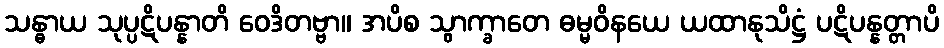
သန္ဓာယ သုပ္ပဋိပန္နာတိ ဝေဒိတဗ္ဗာ။ အပိစ သွာက္ခာတေ ဓမ္မဝိနယေ ယထာနုသိဋ္ဌံ ပဋိပန္နတ္တာပိ